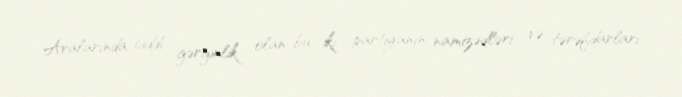
Aralarında ciddi gərginlik olan bu iki partiyanın namizədləri və tərəfdarları